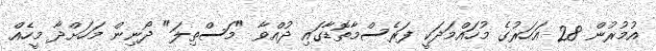
އުމުރުން 28 އަހަރުގެ މުހައްމަދަކީ ފަރެސްމާތޮޑާގައި ދުއްވާ "މަސްތިލަ" ދޯނިން މަހަށްދާ މީހެއް